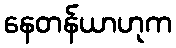
နေတန်ယာဟုက